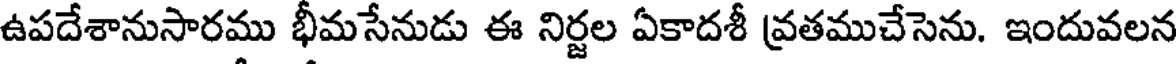
ఉపదేశానుసారము భీమసేనుడు ఈ నిర్జల ఏకాదశీ వ్రతముచేసెను. ఇందువలన